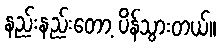
နည်းနည်းတော့ ပိန်သွားတယ်။